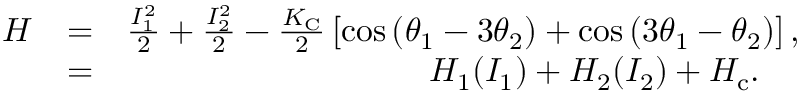
\begin{array} { r l r } { H } & { = } & { \frac { I _ { 1 } ^ { 2 } } { 2 } + \frac { I _ { 2 } ^ { 2 } } { 2 } - \frac { K _ { \mathrm { C } } } { 2 } \left[ \cos \left( \theta _ { 1 } - 3 \theta _ { 2 } \right) + \cos \left( 3 \theta _ { 1 } - \theta _ { 2 } \right) \right] , } \\ & { = } & { H _ { 1 } ( I _ { 1 } ) + H _ { 2 } ( I _ { 2 } ) + H _ { \mathrm { c } } . \quad \, } \end{array}